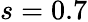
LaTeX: s=0.7